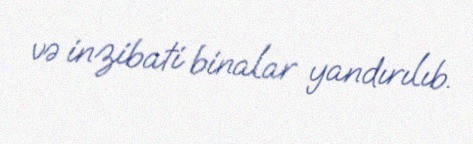
və inzibati binalar yandırılıb.